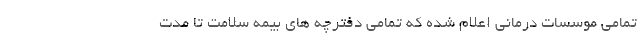
تمامی موسسات درمانی اعلام شده که تمامی دفترچه های بیمه سلامت تا مدت